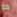
هو